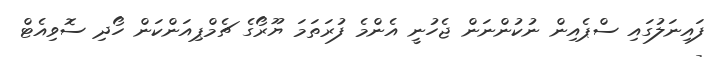
ފައިނަލުގައި ސްޕެއިން ނުކުންނަން ޖެހުނީ އެންމެ ފުރަތަމަ ޔޫރޯގެ ޗެމްޕިއަންކަން ހޯދި ސޮވިއެޓް